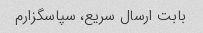
بابت ارسال سریع، سپاسگزارم